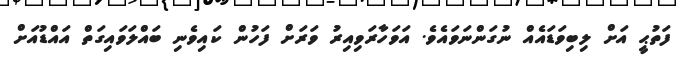
ފަތުޙީ އަށް ލިބިވަޑައެއް ނުގަންނަވައެވެ. އަވަހާރަވިއިރު ވަރަށް ފަހުން ކައިވެނި ބައްލަވައިގަތް އައްޑުއަށް